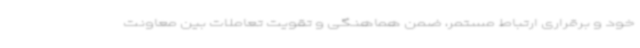
خود و برقراری ارتباط مستمر، ضمن هماهنگی و تقویت تعاملات بین معاونت